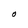
Character: O